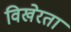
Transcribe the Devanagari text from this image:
विखेरता